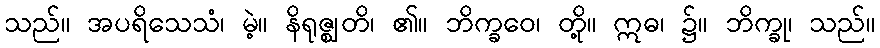
သည်။ အပရိသေသံ၊ မဲ့။ နိရုဇ္ဈတိ၊ ၏။ ဘိက္ခဝေ၊ တို့။ ဣဓ၊ ၌။ ဘိက္ခု၊ သည်။